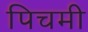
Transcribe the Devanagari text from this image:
पिचमी